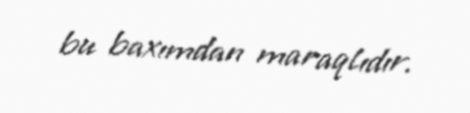
bu baxımdan maraqlıdır.